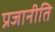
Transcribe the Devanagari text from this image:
प्रजानीति